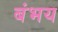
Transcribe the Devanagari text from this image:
बंभय